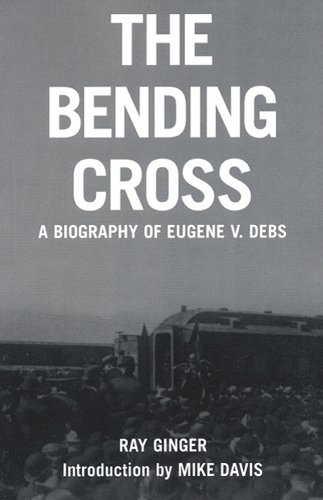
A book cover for The Bending Cross: A Biography of Eugene Victor Debs; Ray Ginger; Business & Money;